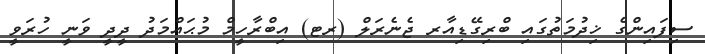
ސިފައިންގެ ޚިދުމަތުގައި ބްރިގޭޑިއާރ ޖެނެރަލް (ރޓ) އިބްރާހީމް މުޙައްމަދު ދީދީ ވަނީ ހުރަވީ